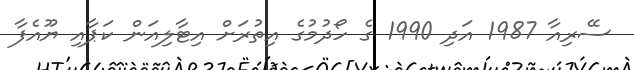
ސޭރިއާ 1987 އަދި 1990 ގެ ހޯދުމުގެ އިތުރަށް އިޓާލިއަން ކަޕާއި ޔޫއެފާ